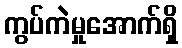
ကွပ်ကဲမှုအောက်ရှိ